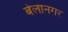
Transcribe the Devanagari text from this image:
बेलानगर